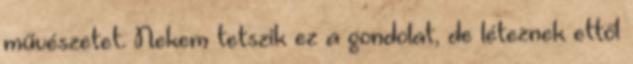
művészetet. Nekem tetszik ez a gondolat, de léteznek ettől